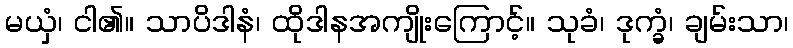
မယှံ၊ ငါ၏။ သာပိဒါနံ၊ ထိုဒါနအကျိုးကြောင့်။ သုခံ၊ ဒုက္ခံ၊ ချမ်းသာ၊